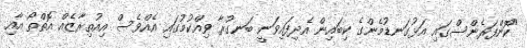
"ކޮންފަރެންސްގައި އަޅުގަނޑުމެންގެ ކިބައިން އެދިފައިވަނީ ބަނގުރާ ވިއްކުމުގައި އެއްވެސް އިއުތިރާޒެއް އޮތްތޯ އާއި